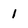
Character: 1